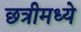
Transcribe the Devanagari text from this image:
छत्रीमध्ये